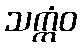
သက္ကံဝ